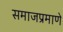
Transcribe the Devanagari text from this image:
समाजप्रमाणे